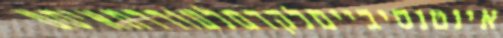
אינטנסיבייםלקדםלעודדתאיסט